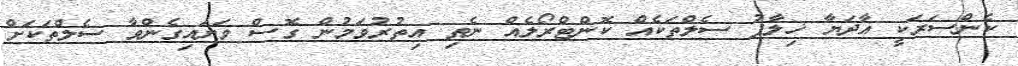
ކެންސަރަކީ އާދަޔާ ޚިލާފު ސެލްތަކެއް ކޮންޓްރޯލެއް ނެތި އިތުރުވަމުން ގޮސް ވަށައިގެންވާ ސެލްތަކަށް